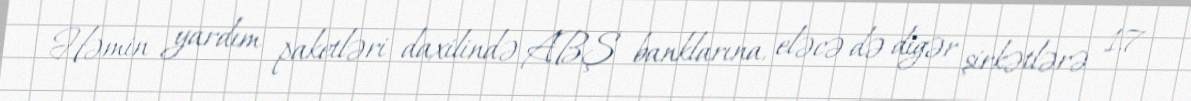
Həmin yardım paketləri daxilində ABŞ banklarına, eləcə də digər şirkətlərə 1,7